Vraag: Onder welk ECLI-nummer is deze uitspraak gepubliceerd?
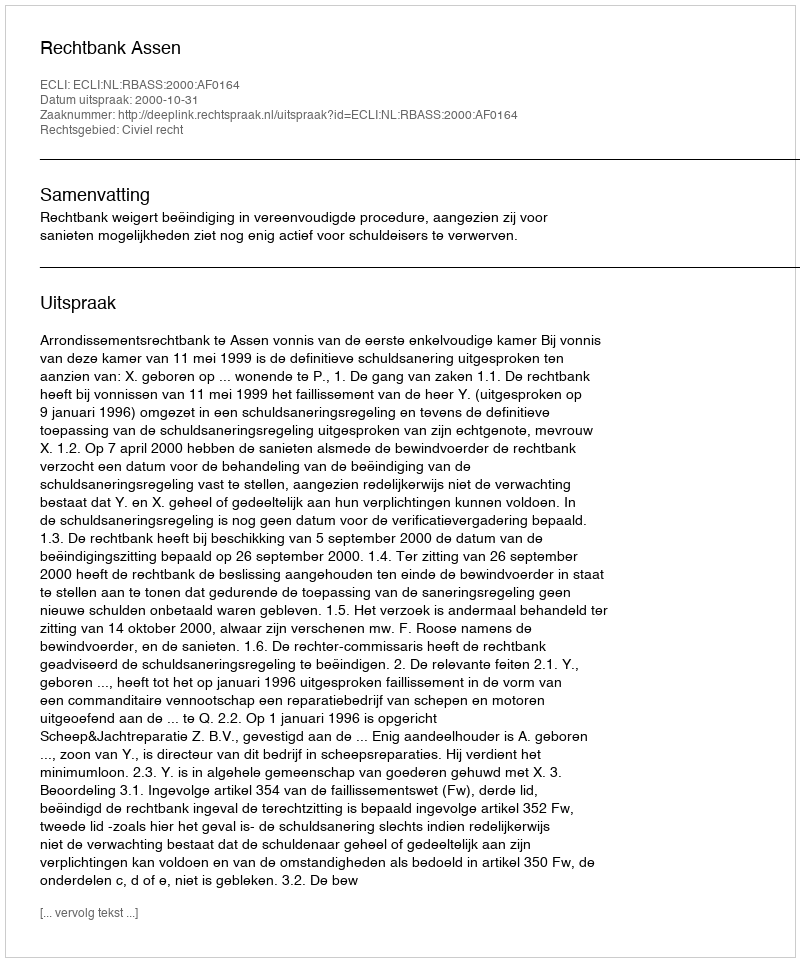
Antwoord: ECLI:NL:RBASS:2000:AF0164